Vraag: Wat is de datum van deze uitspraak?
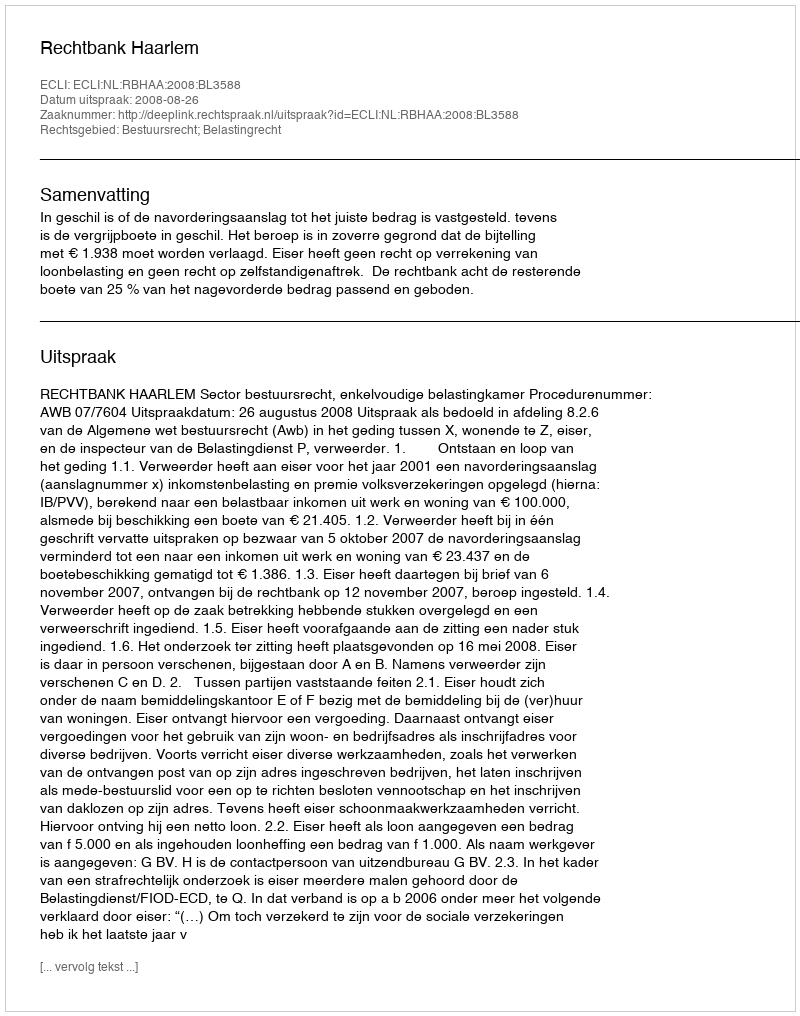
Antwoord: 2008-08-26